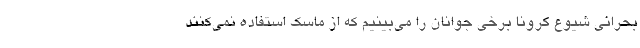
بحرانی شیوع کرونا برخی جوانان را می‌بینیم که از ماسک استفاده نمی‌کنند